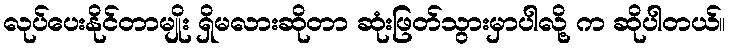
လုပ်ပေးနိုင်တာမျိုး ရှိမလားဆိုတာ ဆုံးဖြတ်သွားမှာပါလို့ က ဆိုပါတယ်။